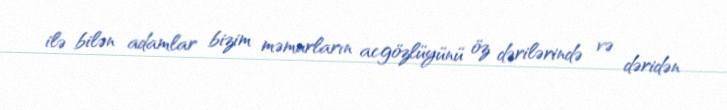
ilə bilən adamlar bizim məmurların acgözlüyünü öz dərilərində və dəridən